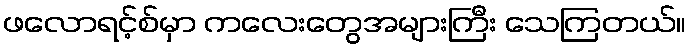
ဖလောရင့်စ်မှာ ကလေးတွေအများကြီး သေကြတယ်။